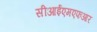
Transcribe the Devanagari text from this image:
सीआईएमएफआर